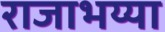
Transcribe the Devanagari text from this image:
राजाभय्या